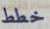
خطط